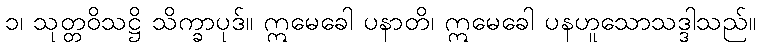
၁၊ သုတ္တဝိသဋ္ဌိ သိက္ခာပုဒ်။ ဣမေခေါ ပနာတိ၊ ဣမေခေါ ပနဟူသောသဒ္ဒါသည်။